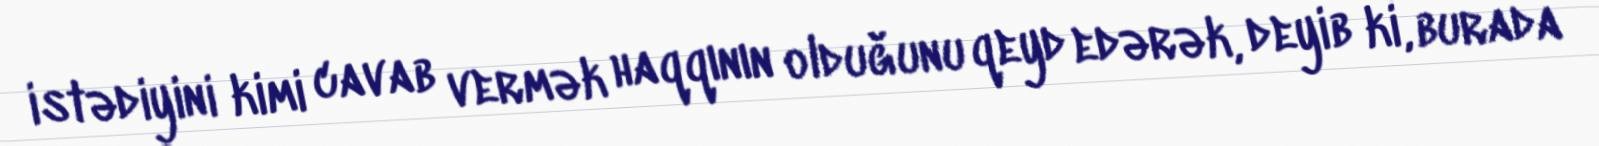
istədiyini kimi cavab vermək haqqının olduğunu qeyd edərək, deyib ki, burada